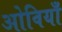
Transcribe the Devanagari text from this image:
ओवियाँ